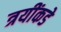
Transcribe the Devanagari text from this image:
त्रयींकडे